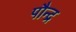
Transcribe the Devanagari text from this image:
पौन्द्र